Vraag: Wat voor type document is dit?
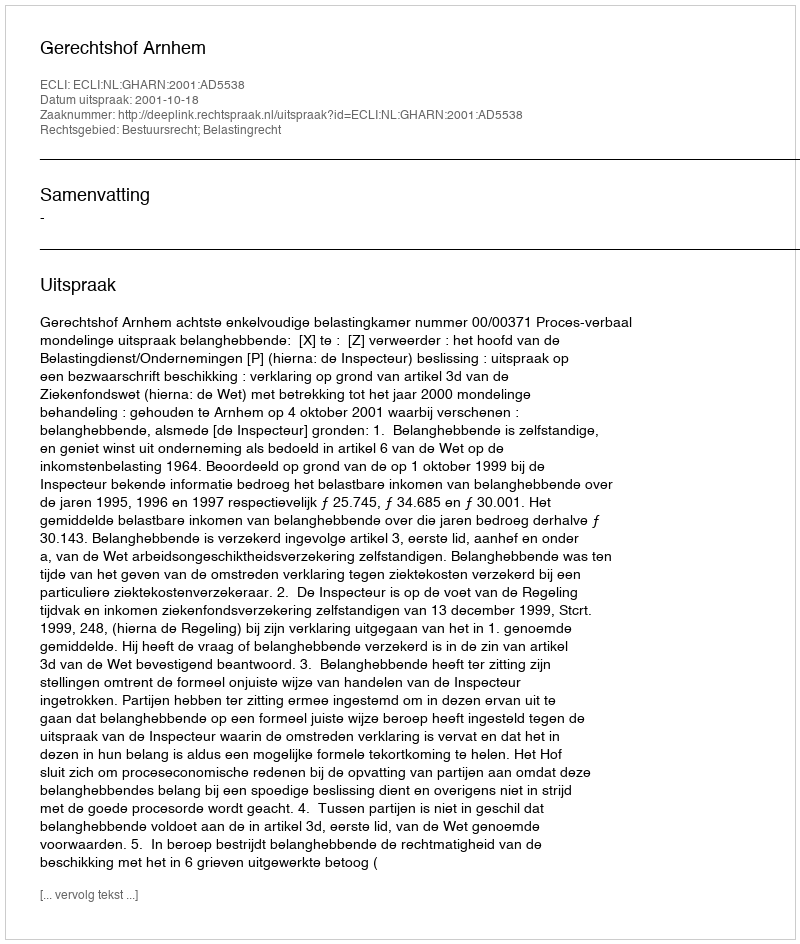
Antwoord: Uitspraak